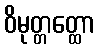
ဝိမုတ္တတ္ထော